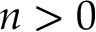
n > 0